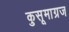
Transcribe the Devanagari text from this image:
कुसूमाग्रज